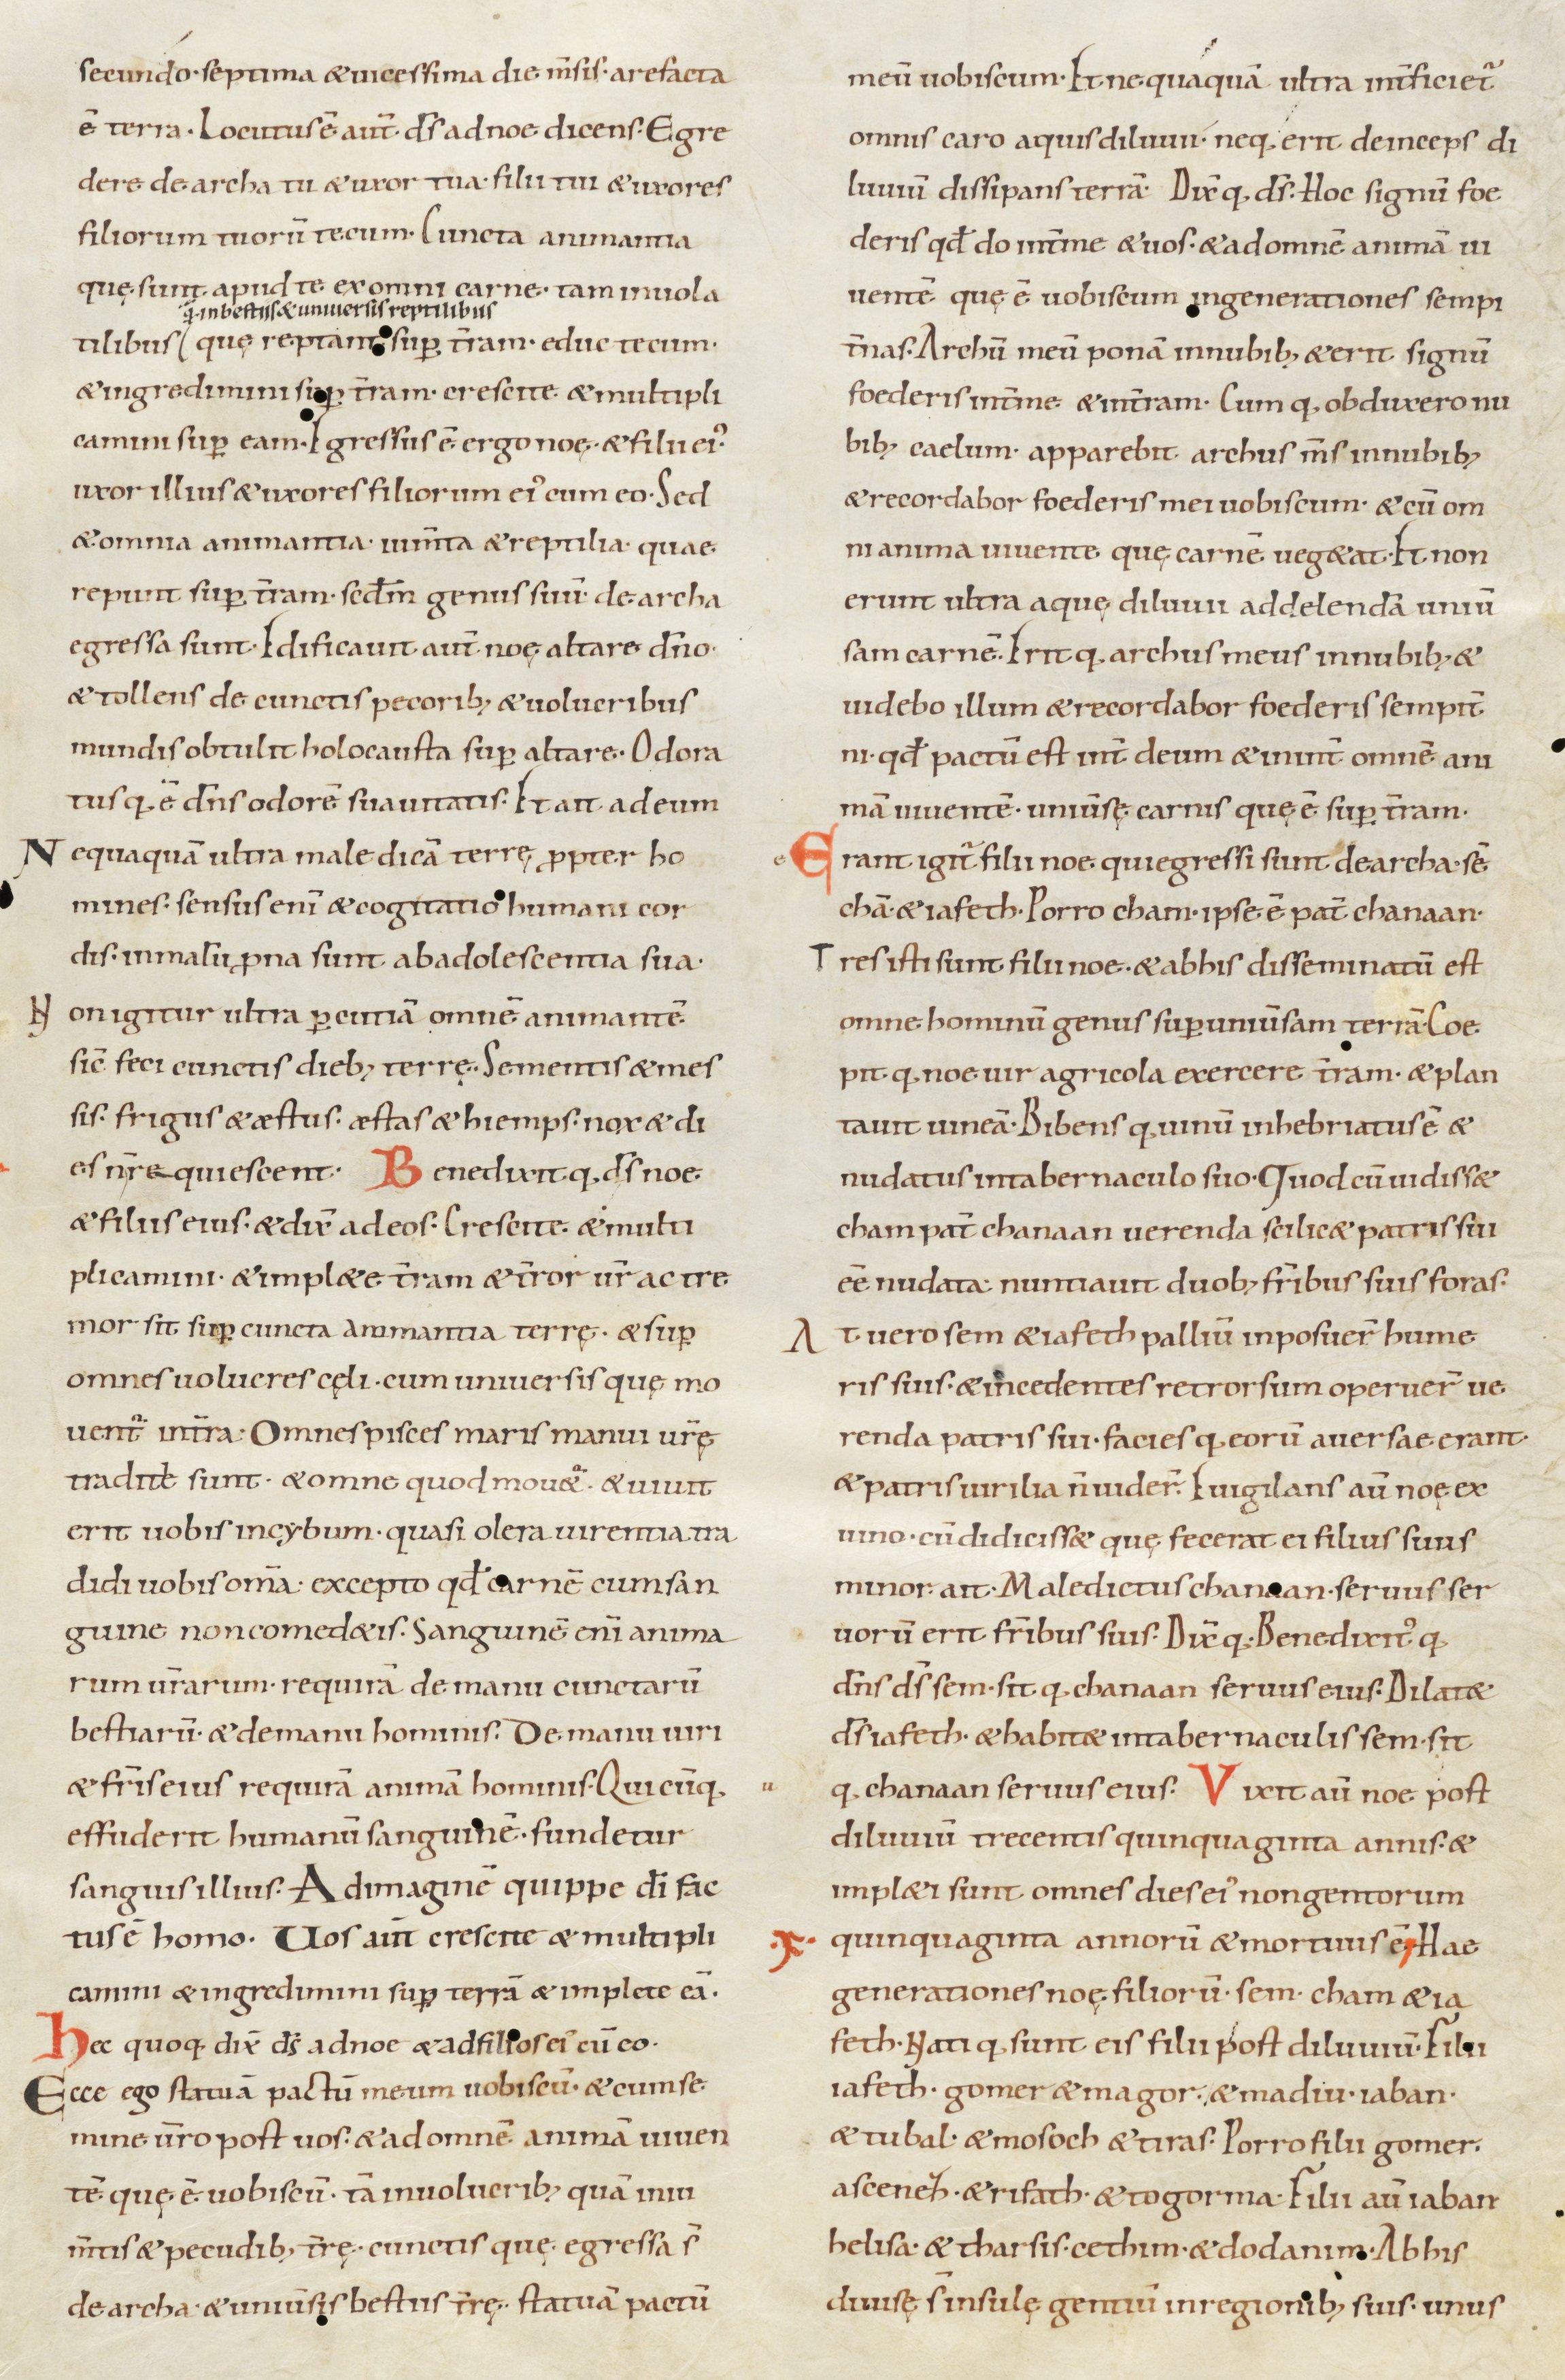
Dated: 900–999